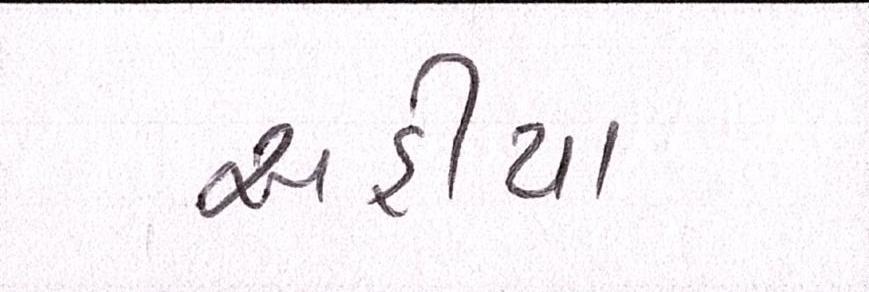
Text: અહીયા